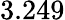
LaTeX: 3.249